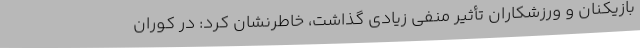
بازیکنان و ورزشکاران تأثیر منفی زیادی گذاشت، خاطرنشان کرد: در کوران